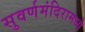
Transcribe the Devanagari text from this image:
सुवर्णमंदिरामध्ये